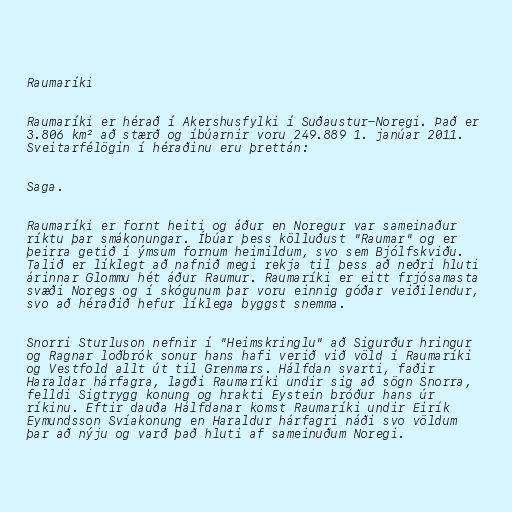
Raumaríki

Raumaríki er hérað í Akershusfylki í Suðaustur-Noregi. Það er
3.806 km² að stærð og íbúarnir voru 249.889 1. janúar 2011.
Sveitarfélögin í héraðinu eru þrettán:

Saga.

Raumaríki er fornt heiti og áður en Noregur var sameinaður
ríktu þar smákonungar. Íbúar þess kölluðust "Raumar" og er
þeirra getið í ýmsum fornum heimildum, svo sem Bjólfskviðu.
Talið er líklegt að nafnið megi rekja til þess að neðri hluti
árinnar Glommu hét áður Raumur. Raumaríki er eitt frjósamasta
svæði Noregs og í skógunum þar voru einnig góðar veiðilendur,
svo að héraðið hefur líklega byggst snemma.

Snorri Sturluson nefnir í "Heimskringlu" að Sigurður hringur
og Ragnar loðbrók sonur hans hafi verið við völd í Raumaríki
og Vestfold allt út til Grenmars. Hálfdan svarti, faðir
Haraldar hárfagra, lagði Raumaríki undir sig að sögn Snorra,
felldi Sigtrygg konung og hrakti Eystein bróður hans úr
ríkinu. Eftir dauða Hálfdanar komst Raumaríki undir Eirík
Eymundsson Svíakonung en Haraldur hárfagri náði svo völdum
þar að nýju og varð það hluti af sameinuðum Noregi.